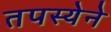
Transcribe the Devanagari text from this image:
तपस्येने